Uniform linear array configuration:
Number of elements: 64
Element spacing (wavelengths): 0.75
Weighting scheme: hamming
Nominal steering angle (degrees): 60
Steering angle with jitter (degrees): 61.821
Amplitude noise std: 0.05
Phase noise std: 0.05

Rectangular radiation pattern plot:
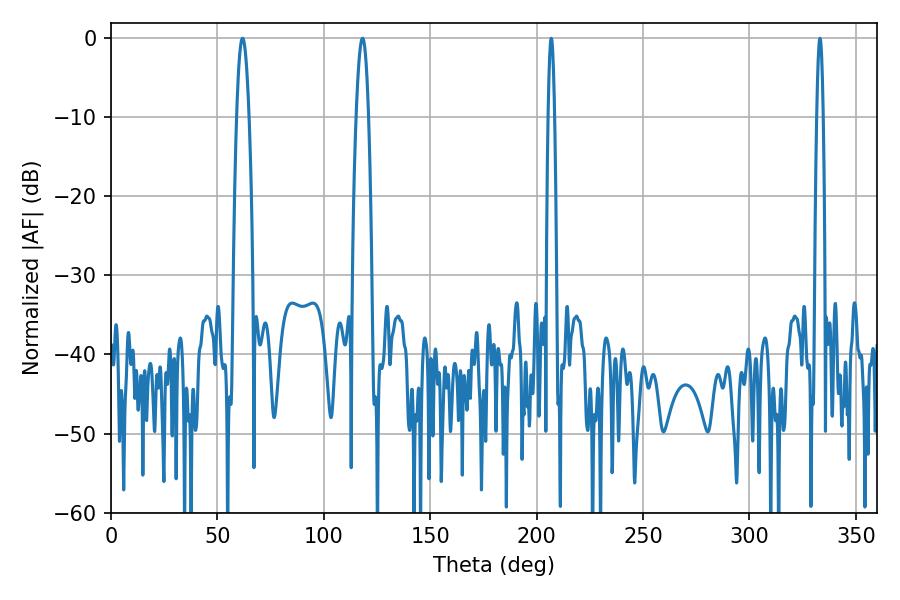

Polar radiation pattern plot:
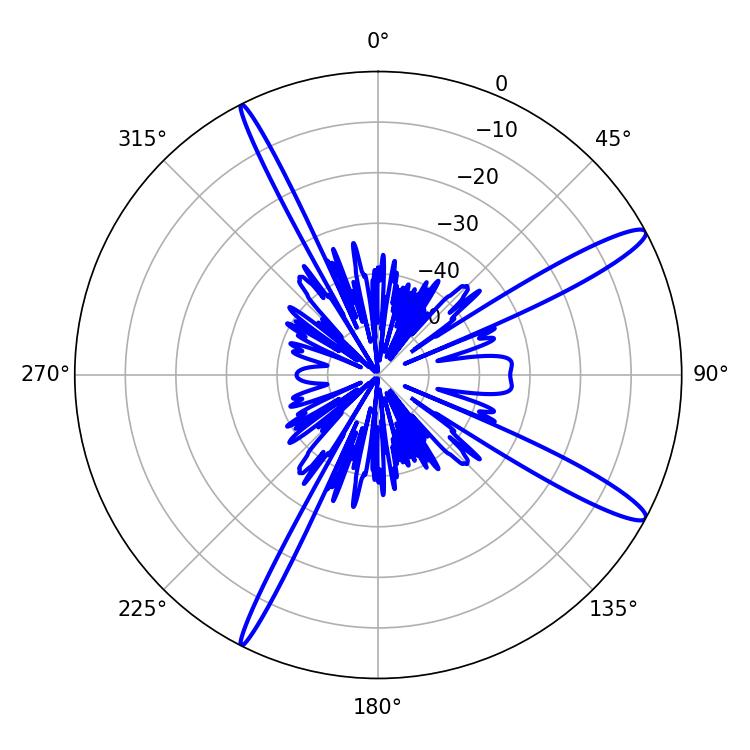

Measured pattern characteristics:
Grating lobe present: TRUE
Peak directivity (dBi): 14.053
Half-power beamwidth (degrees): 3.06
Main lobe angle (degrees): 118.26